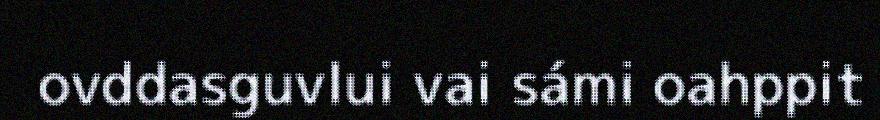
ovddasguvlui vai sámi oahppit